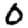
Digit: 0